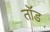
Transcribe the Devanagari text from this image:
तॉड